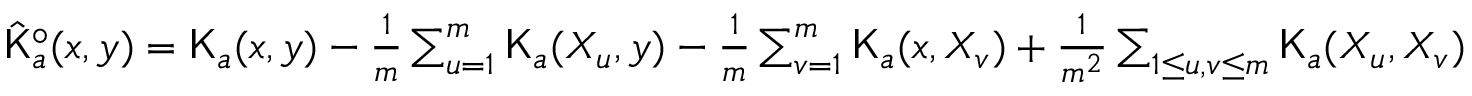
\begin{array} { r } { \hat { \mathsf K } _ { a } ^ { \circ } ( x , y ) = { \mathsf K } _ { a } ( x , y ) - \frac { 1 } { m } \sum _ { u = 1 } ^ { m } { \mathsf K } _ { a } ( X _ { u } , y ) - \frac { 1 } { m } \sum _ { v = 1 } ^ { m } { \mathsf K } _ { a } ( x , X _ { v } ) + \frac { 1 } { m ^ { 2 } } \sum _ { 1 \leq u , v \leq m } { \mathsf K } _ { a } ( X _ { u } , X _ { v } ) } \end{array}